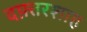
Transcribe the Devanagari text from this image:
दफ़्तरशाह